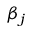
\beta _ { j }